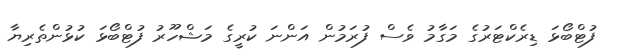
ފުޓްބޯޅަ ޑިރެކްޓަރުގެ މަގާމު ވެސް ފުރަމުން އަންނަ ކުރީގެ މަޝްހޫރު ފުޓްބޯޅަ ކުޅުންތެރިޔާ